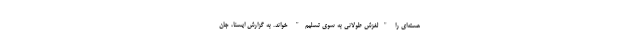
هسته‌ای را "لغزش طولانی به سوی تسلیم" خواند. به گزارش ایسنا، جان